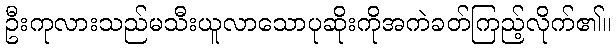
ဦးကုလားသည်မသီးယူလာသောပုဆိုးကိုအကဲခတ်ကြည့်လိုက်၏။